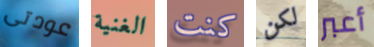
عودتى الغنية كنت لكن أعبر